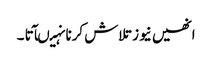
انھیں نیوز تلاش کرنا نہیںآتا ۔